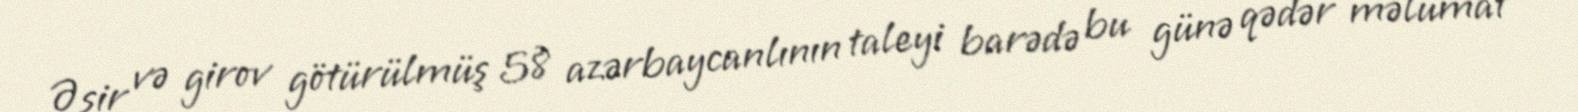
Əsir və girov götürülmüş 58 azərbaycanlının taleyi barədə bu günə qədər məlumat